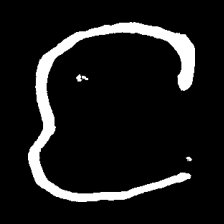
Pyu character \u2014 Myanmar letter: င (romanized: nga)